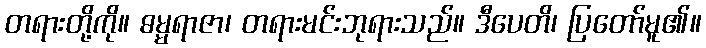
တရားတို့ကို။ ဓမ္မရာဇာ၊ တရားမင်းဘုရားသည်။ ဒီပေတိ၊ ပြတော်မူ၏။